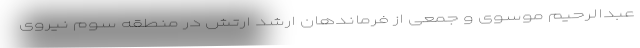
عبدالرحیم موسوی و جمعی از فرماندهان ارشد ارتش در منطقه سوم نیروی